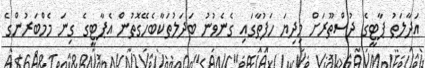
އަދާލަތު ޕާޓީގެ ދުސްތޫރަށް މިދިޔަ ހަފުތާގައި ގެނެވުނު ބަދަލުތަކާބެހޭގޮތުން އެޕާޓީގެ ގިނަ މެމްބަރުންގެ